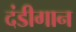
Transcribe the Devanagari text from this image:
दंडीगान